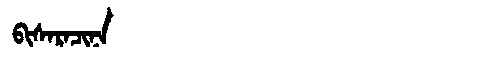
Manchu: ᠪᡳᠰᠠᡵᠠᠴᡳᠨᠠ
Romanization: BISARACINA